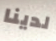
لدينا